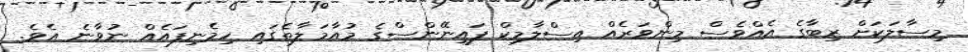
މިސާލަކަށް ރިބާގެ އެއްވެސް މިންވަރެއް އިސްލާމިކް ފައިނޭންސްގެ މުއާމަލާތެގައި ހިމެނިފައެއް ނުވާނެ އެވެ.